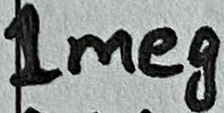
Text: 1meg